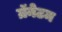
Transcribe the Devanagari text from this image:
ग्रॅनेटम